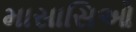
માસાસિઓ